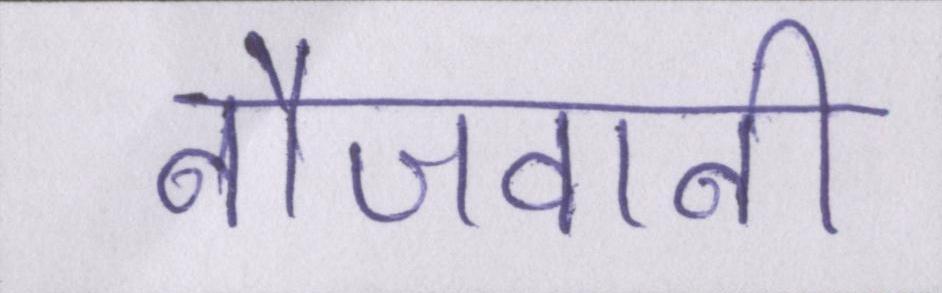
नौजवानी